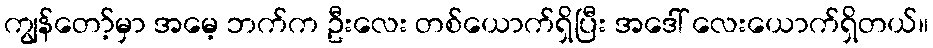
ကျွန်တော့်မှာ အမေ့ ဘက်က ဦးလေး တစ်ယောက်ရှိပြီး အဒေါ် လေးယောက်ရှိတယ်။